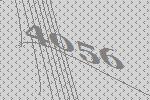
4056